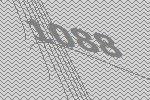
1088